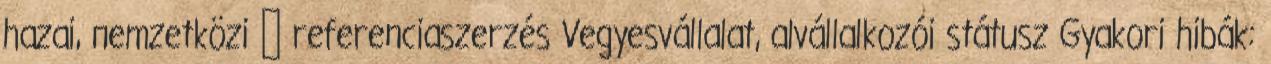
hazai, nemzetközi → referenciaszerzés Vegyesvállalat, alvállalkozói státusz Gyakori hibák: